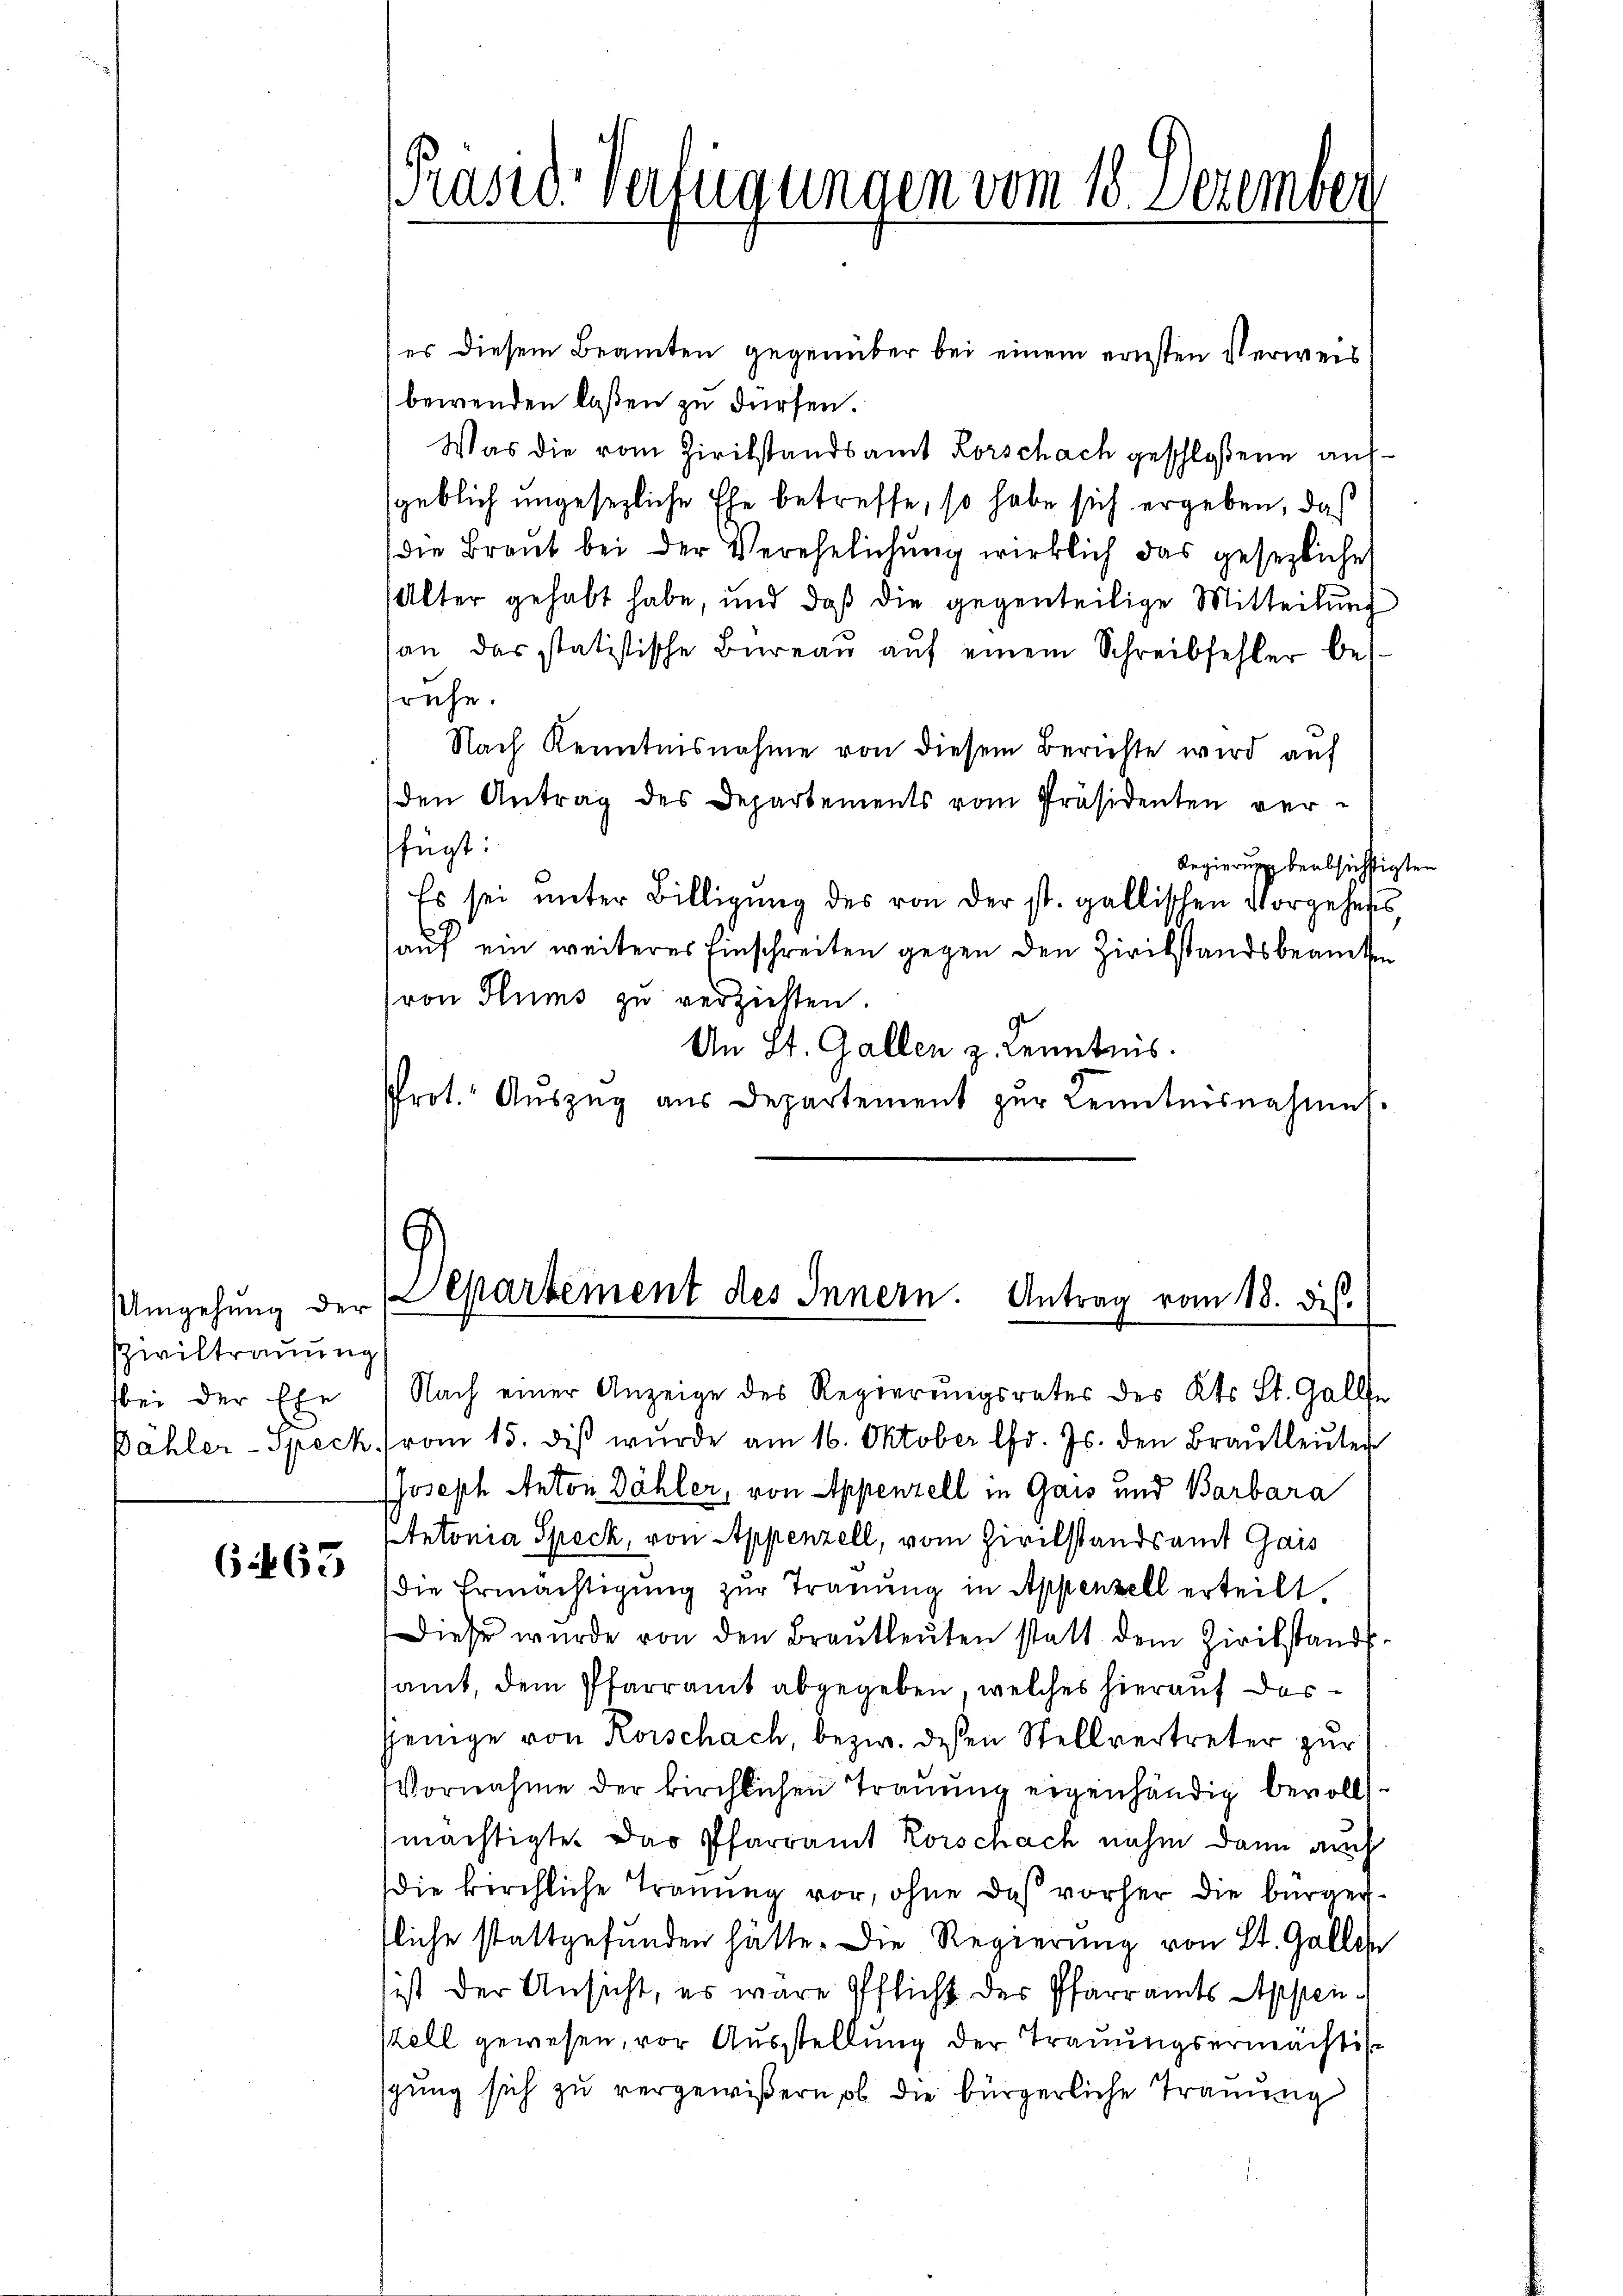
UUmgehung der
Piviltrauung
bei der Ehe

6463

PPräsid. Verfügungen vom 18. Dezember

es diesem Beamten gegenüber bei einem ernsten Verweis
bewenden laßen zu dürfen.
Was die vom Zivilstandsamt Horschach geschloßene aufsgeblich ungesezliche Ehe betreffe, so habe sich ergeben, das
die Braut bei der Verehelichŭng wirklich das gesezliche
Alter gehabt habe, und daß die gegenteilige Mitteilung
san das statistische Bureau auf einem Schreibfehler bes
ruhe.
Nach Kenntnisnahme von diesem Berichte wird auf
(den Antrag des Departements vom Präsidenten ver-
fügt:
Regierung beabsichtigten
Es sei unter Billigung des von der st. gallischen Vorgehens,
auf ein weiteres Einschreiten gegen den Zivilstandsbeamten
ron Stums zu verziehten.
An St. Gallen z. Kenntnis.
Prot. Auszug aus Departement zur Kenntnisnahmes.

9)
Departement des Innern. Antrag vom 18. ds.

Nach einer Anzeige des Regierungsrates des Kts. St. Galle
Bähler-Speck vom 15. diβ wŭrde am 16. Oktober lfd. Js. den Braŭtleŭter
Joseph Anton Dähler, von Appenzell in Gais und Barbara
Antonia Speck, von Appenzell, vom Zivilstandsamt Gais
die Ermächtigung zur Trauung in Appenzell erteilt.
Diese wurde von den Braŭtleŭten statt dem Zivilstands-
samt, dem Pfarramt abgegeben, welches hierauf dasjenige von Rorschach, bezw. dessen Stellvertreter zur
Vornahme der kirchlichen Trauung eigenhändig bevollmächtigte. Das Pfarramt Korschach nahm dann auch
die kirchliche Trauung vor, ohne das vorher die bürgerfliche stattgefunden hätte. Die Regierung von St. Gallen
sist der Ansicht, es wäre Pflicht der Pfarramts Appen¬
Pell gewesen, vor Ausstellung der Trauungsermächti
gung sich zu vergewißern, ob die bürgerliche Trauung